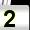
Digit: 2